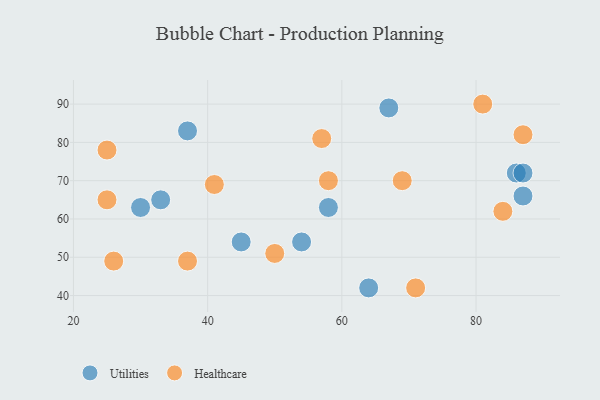
{"axis": {"x": "GDP", "y": "Life Expectancy"}, "legend": ["Healthcare", "Utilities"], "data": [{"x": "54", "y": 54, "type": "Utilities"}, {"x": "86", "y": 72, "type": "Utilities"}, {"x": "58", "y": 63, "type": "Utilities"}, {"x": "64", "y": 42, "type": "Utilities"}, {"x": "67", "y": 89, "type": "Utilities"}, {"x": "37", "y": 83, "type": "Utilities"}, {"x": "45", "y": 54, "type": "Utilities"}, {"x": "87", "y": 72, "type": "Utilities"}, {"x": "30", "y": 63, "type": "Utilities"}, {"x": "87", "y": 66, "type": "Utilities"}, {"x": "33", "y": 65, "type": "Utilities"}, {"x": "37", "y": 49, "type": "Healthcare"}, {"x": "50", "y": 51, "type": "Healthcare"}, {"x": "57", "y": 81, "type": "Healthcare"}, {"x": "84", "y": 62, "type": "Healthcare"}, {"x": "87", "y": 82, "type": "Healthcare"}, {"x": "81", "y": 90, "type": "Healthcare"}, {"x": "71", "y": 42, "type": "Healthcare"}, {"x": "25", "y": 78, "type": "Healthcare"}, {"x": "41", "y": 69, "type": "Healthcare"}, {"x": "58", "y": 70, "type": "Healthcare"}, {"x": "25", "y": 65, "type": "Healthcare"}, {"x": "26", "y": 49, "type": "Healthcare"}, {"x": "69", "y": 70, "type": "Healthcare"}]}